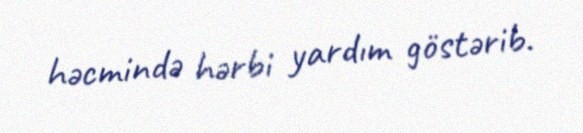
həcmində hərbi yardım göstərib.